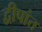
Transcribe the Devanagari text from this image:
द्वीपांत